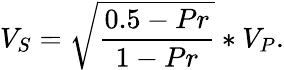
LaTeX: V_{S}=\sqrt{\frac{0.5-Pr}{1-Pr}}*V_{P}.